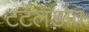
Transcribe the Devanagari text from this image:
टर्टलडोव